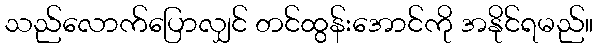
သည်လောက်ပြောလျှင် တင်ထွန်းအောင်ကို အနိုင်ရမည်။